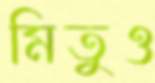
মিতুও